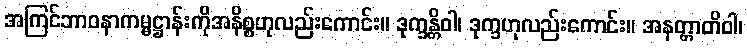
အကြင်ဘာဝနာကမ္မဋ္ဌာန်းကိုအနိစ္စဟုလည်းကောင်း။ ဒုက္ခန္တိဝါ၊ ဒုက္ခဟုလည်းကောင်း။ အနတ္တာတိဝါ၊